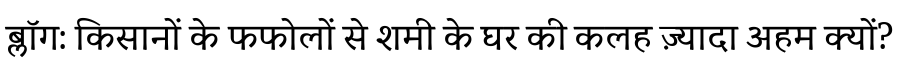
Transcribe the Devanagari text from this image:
ब्लॉग: किसानों के फफोलों से शमी के घर की कलह ज़्यादा अहम क्यों?